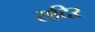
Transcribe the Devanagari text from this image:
सदिर